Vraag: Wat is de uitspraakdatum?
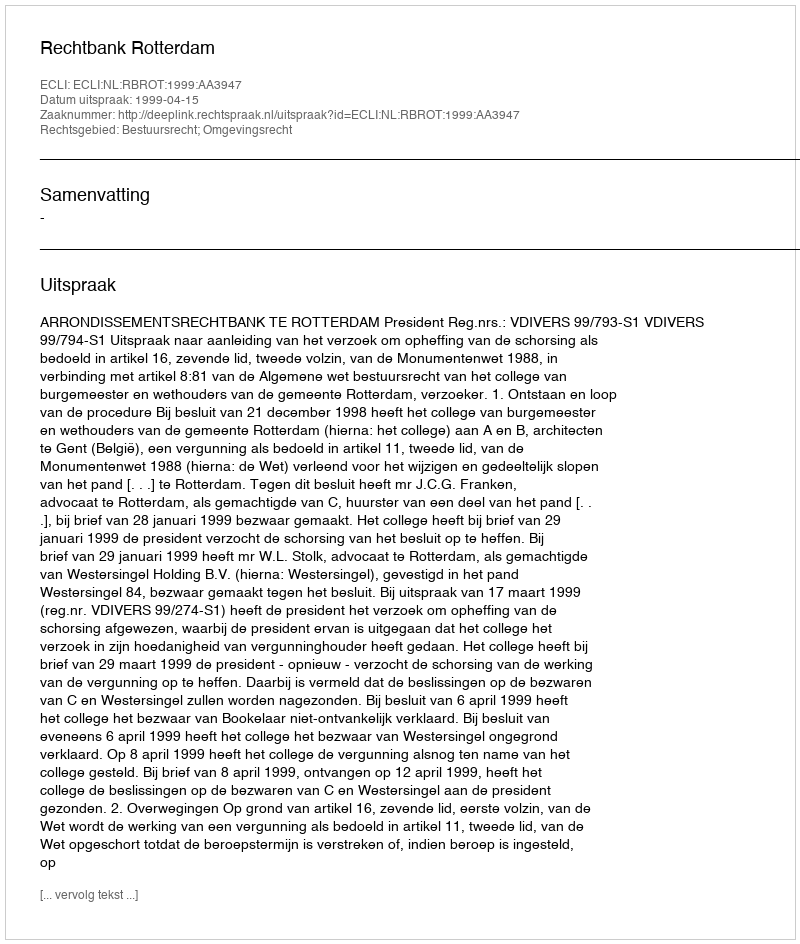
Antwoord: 1999-04-15